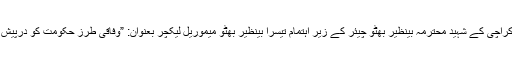
ان خیالات کا اظہار انہوں نے جامعہ کراچی کے شہید محترمہ بینظیر بھٹو چیئر کے زیر اہتمام تیسرا بینظیر بھٹو میموریل لیکچر بعنوان: ”وفاقی طرز حکومت کو درپیش چیلنجز” سے خطاب کرتے ہوئے کیا۔